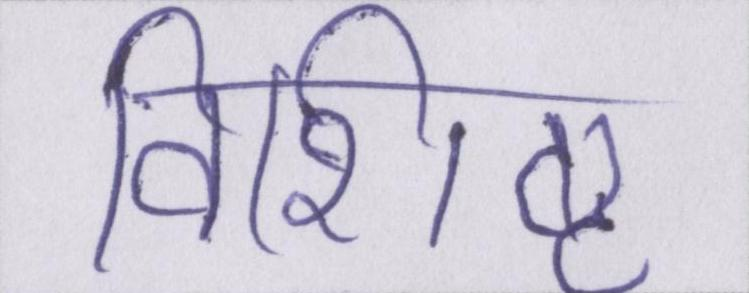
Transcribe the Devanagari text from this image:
विशिष्ठ